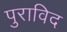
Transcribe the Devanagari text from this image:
पुराविद